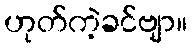
ဟုတ်ကဲ့ခင်ဗျာ။